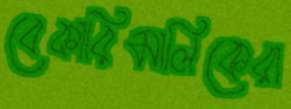
বেকারিমালিকেরা